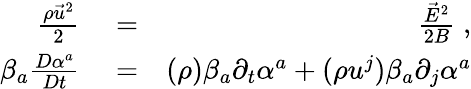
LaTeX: \begin{array}{rlr}{\frac{\rho\vec{u}^{2}}{2}}&{{}=}&{\frac{\vec{E}^{2}}{2B}\; ,}\\ {\beta_{a}\frac{D\alpha^{a}}{Dt}}&{{}=}&{(\rho)\beta_{a}\partial_{t}\alpha^{a}+(\rho u^{j})\beta_{a}\partial_{j}\alpha^{a}}\end{array}